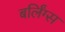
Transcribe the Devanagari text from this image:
बर्लिंग्स